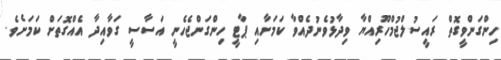
ހިންގަންވީގޮތް ރައީސުލްޖުމްހޫރިއްޔާ ވިދާޅުވެނުދެއްވާ ކަމަށާއި ޕާޓީ ހިންގަންޖެހެނީ އަސާސީ ގަވާއިދާ އެއްގޮތަށް ކަމަށެވެ.